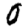
Digit: 0